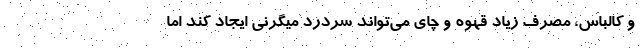
و کالباس، مصرف زیاد قهوه و چای می‌تواند سردرد میگرنی ایجاد کند اما